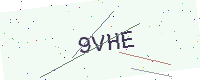
Text: 9VHE